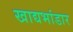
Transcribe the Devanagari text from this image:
खाद्यभांडार